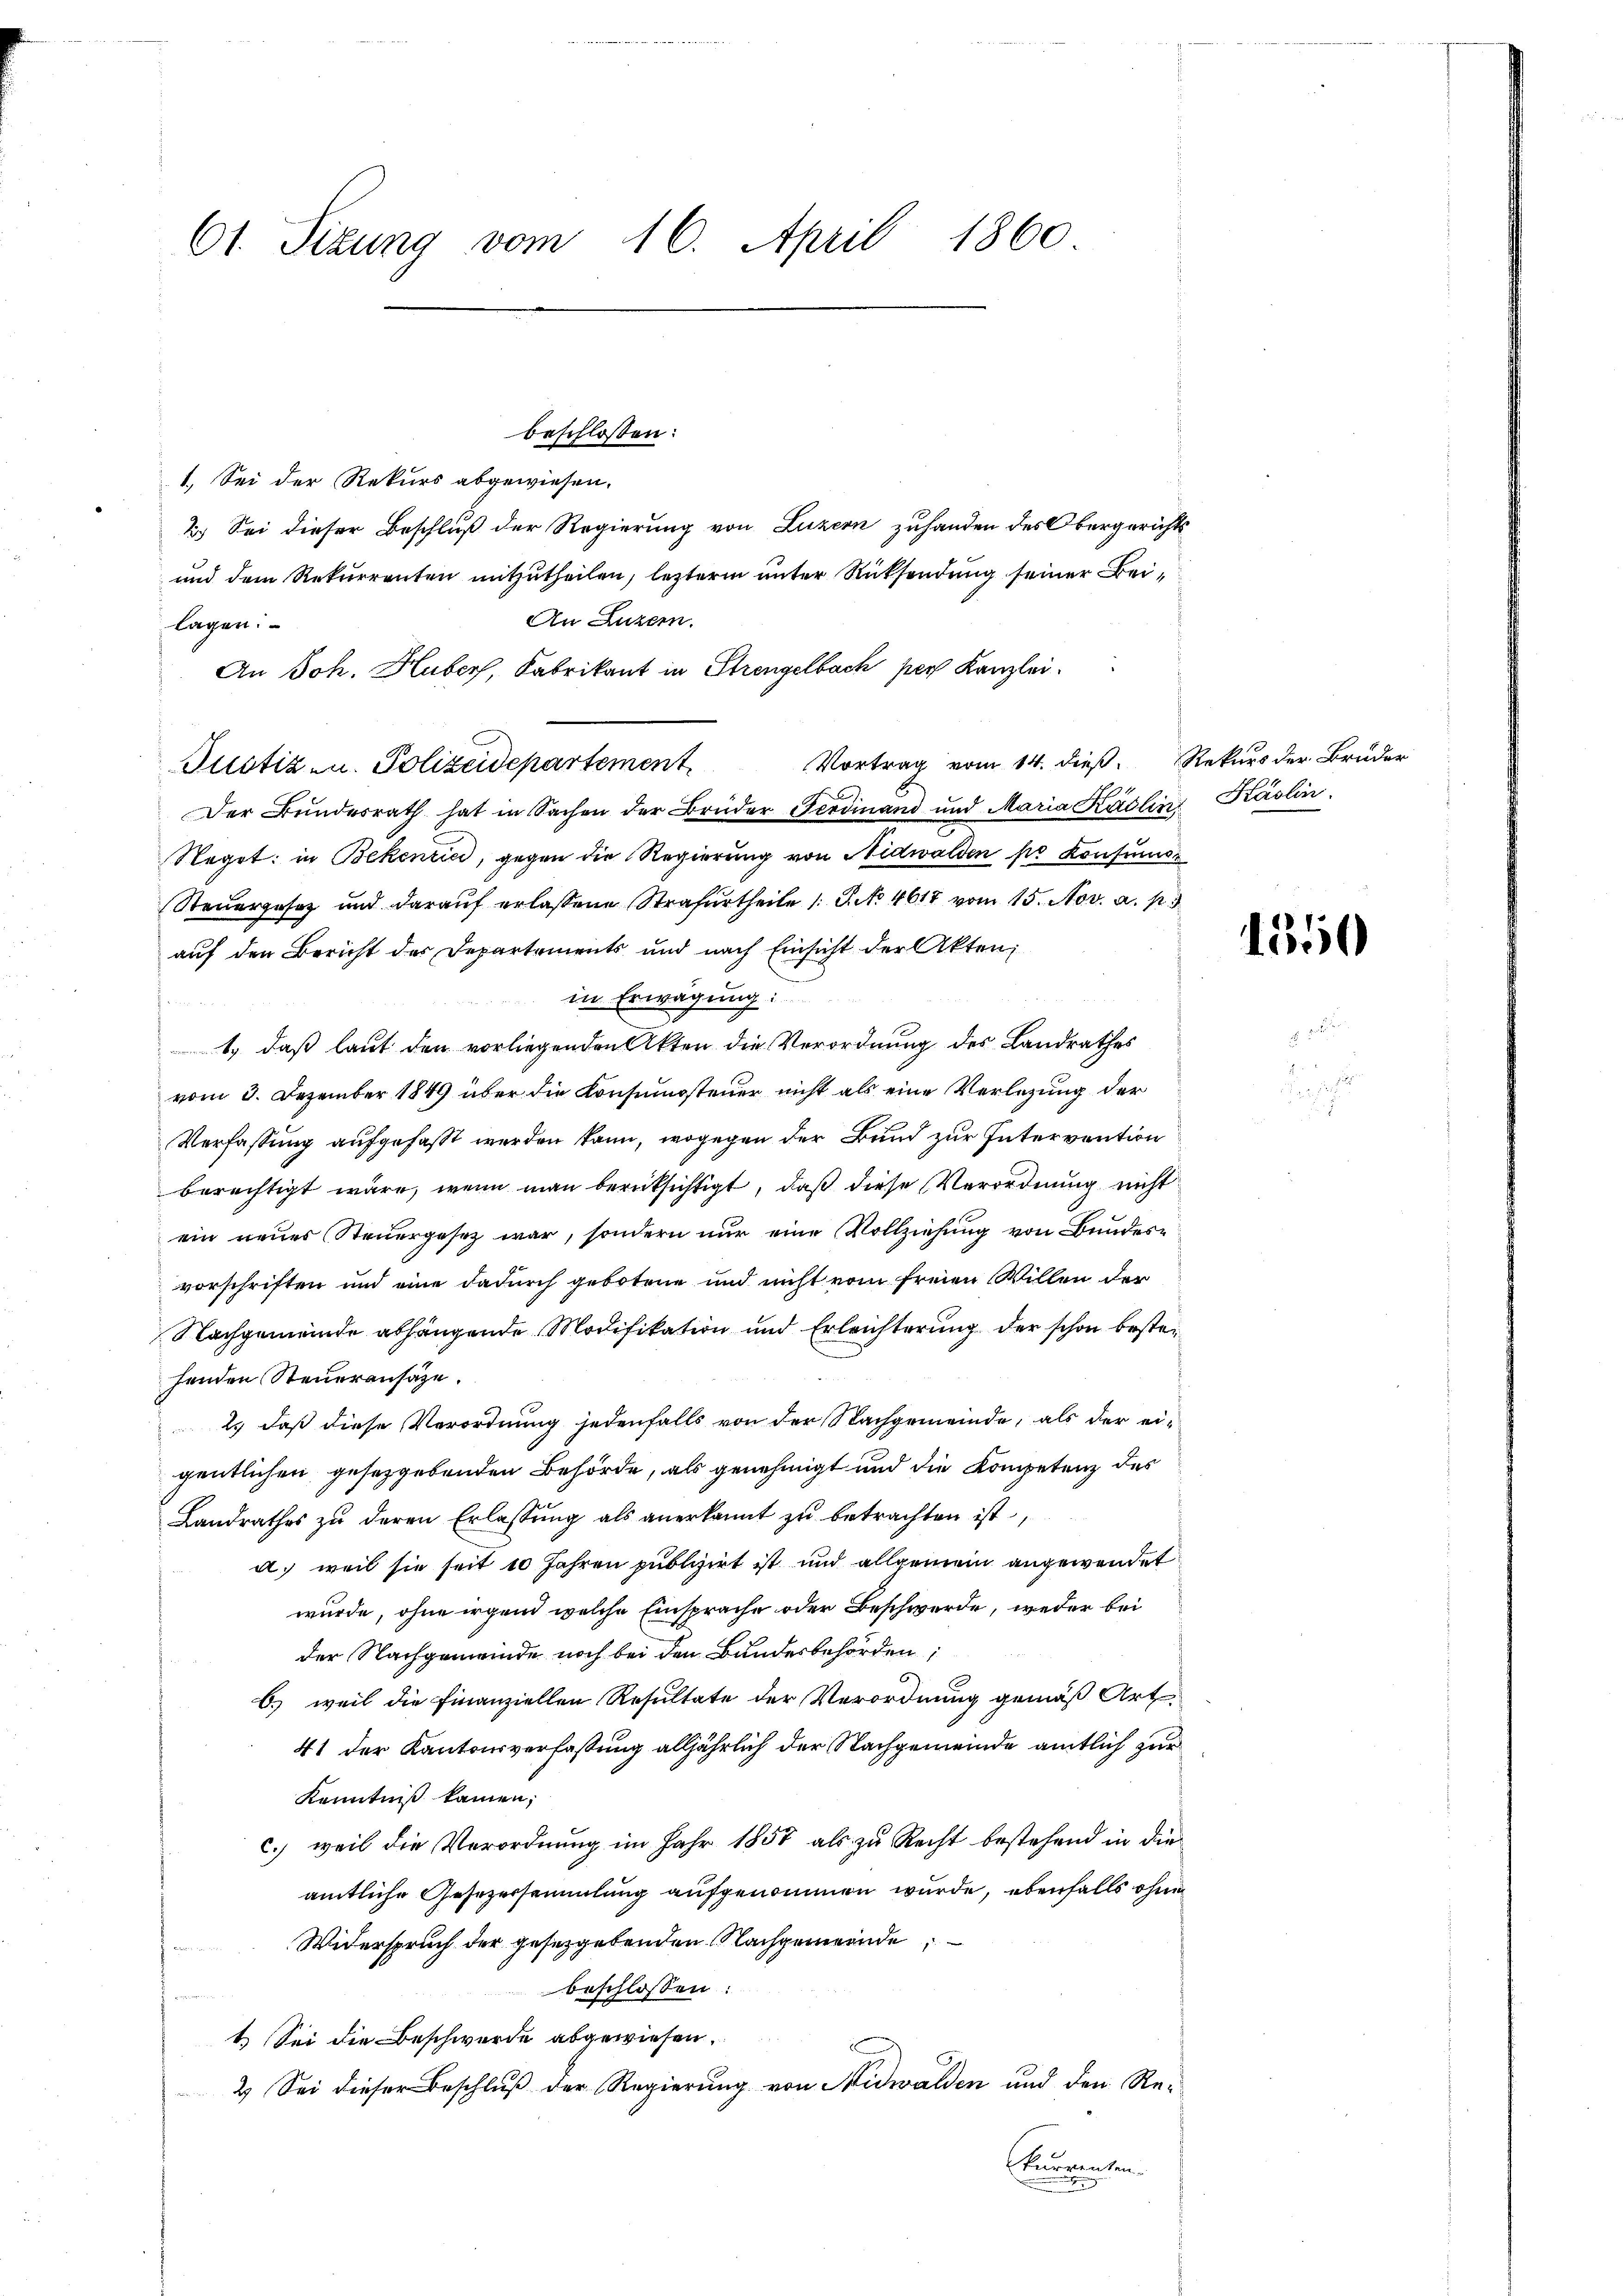
61. Sizung vom 16. April 1860

beschlossen:
1.) Sei der Rekurs abgewiesen.
2.) Sei dieser Beschluß der Regierung von Luzern zuhanden des Obergerichts¬
und dem Rekurrenten mitzutheilen, lezterem unter Rücksendung seiner Bei¬
An Luzern.
lagen:
An Joh. Huber, Fabrikant in Strengelbach per Kanzlei.
Vortrag vom 14. dieß. Rekurs der Bruder
Justiz- u. Polizeidepartement
Der Bundesrath hat in Sachen der Brüder Ferdinand und Maria Käslin Käslin
Naget: in Bekentia, gegen die Regierung von Nidwalden so konsum
Steuergesetz und darauf erlaßene Strafurtheile 1 S. No 4617 vom 15. Nov. a. p. 3
auf den Bericht der Departements und nach Einsicht der Akten,
in Erwägung.
1., daß laut den vorliegenden Akten die Verordnung des Landrathes
vom 3. Dezember 1849 über die Konsumsteuer nicht als eine Verlegung der
Verfassung aufgefaßt werden kann, wogegen der Bund zur Intervention
berechtigt wäre, wenn man berücksichtigt, daß diese Verordnung nicht
ein neues Steuergesetz war, sondern nur eine Vollziehung von Bundesvorschriften und eine dadurch gebotene und nicht vom freien Willen der
Nachgemeinde abhängende Modifikation und Erleichterung der schon bestei
henden Steueransätze.
2.) daß diese Verordnung jedenfalls von der Nachgemeinde, als der eigentlichen gesetzgebenden Behörde, als genehmigt und die Kompetenz des
Landrathes zu deren Erlassung als anerkannt zu betrachten ist,
a) weil sie seit 10 Jahren publizirt ist und allgemein angewendet
wurde, ohne irgend welche Einsprache oder Beschwerde, weder bei
der Nachgemeinde noch bei den Bundesbehörden,
6.) weil die Finanziellen Resultate der Verordnung gemäß Art.
41 der Kantonsverfassung alljährlich der Nachgemeinde amtlich zur
Kenntniß kamen,
c.) weil die Verordnung im Jahr 1857 als zu Recht bestehend in die
amtliche Gesetzersammlung aufgenommen wurde, ebenfalls ohne
Widerspruch der gesetzgebenden Nachgemeinde
beschlossen:
1. Sei die Beschwerde abgewiesen.
2. Sei dieser Beschlŭβ der Regierŭng von Nidwalden und den Re-
Currenten.
.

1350